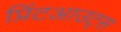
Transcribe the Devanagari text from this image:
प्रिंटआउट्स